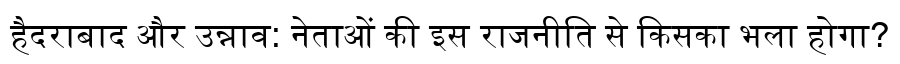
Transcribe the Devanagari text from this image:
हैदराबाद और उन्नाव: नेताओं की इस राजनीति से किसका भला होगा?